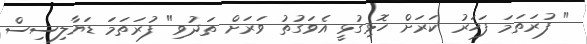
" ފުރަތަމަ ފަހަރު ކަރަށް ހޮޅިގުޅީ އެވަގުތު ވަރަށް ތަދުވި" ފުރަތަމަ ޑަޔާލިސިސް